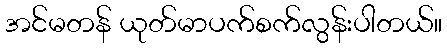
အင်မတန် ယုတ်မာပက်စက်လွန်းပါတယ်။